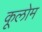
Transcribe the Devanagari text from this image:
कूलोम